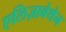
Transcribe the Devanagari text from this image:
एलिज़ाबेथेन